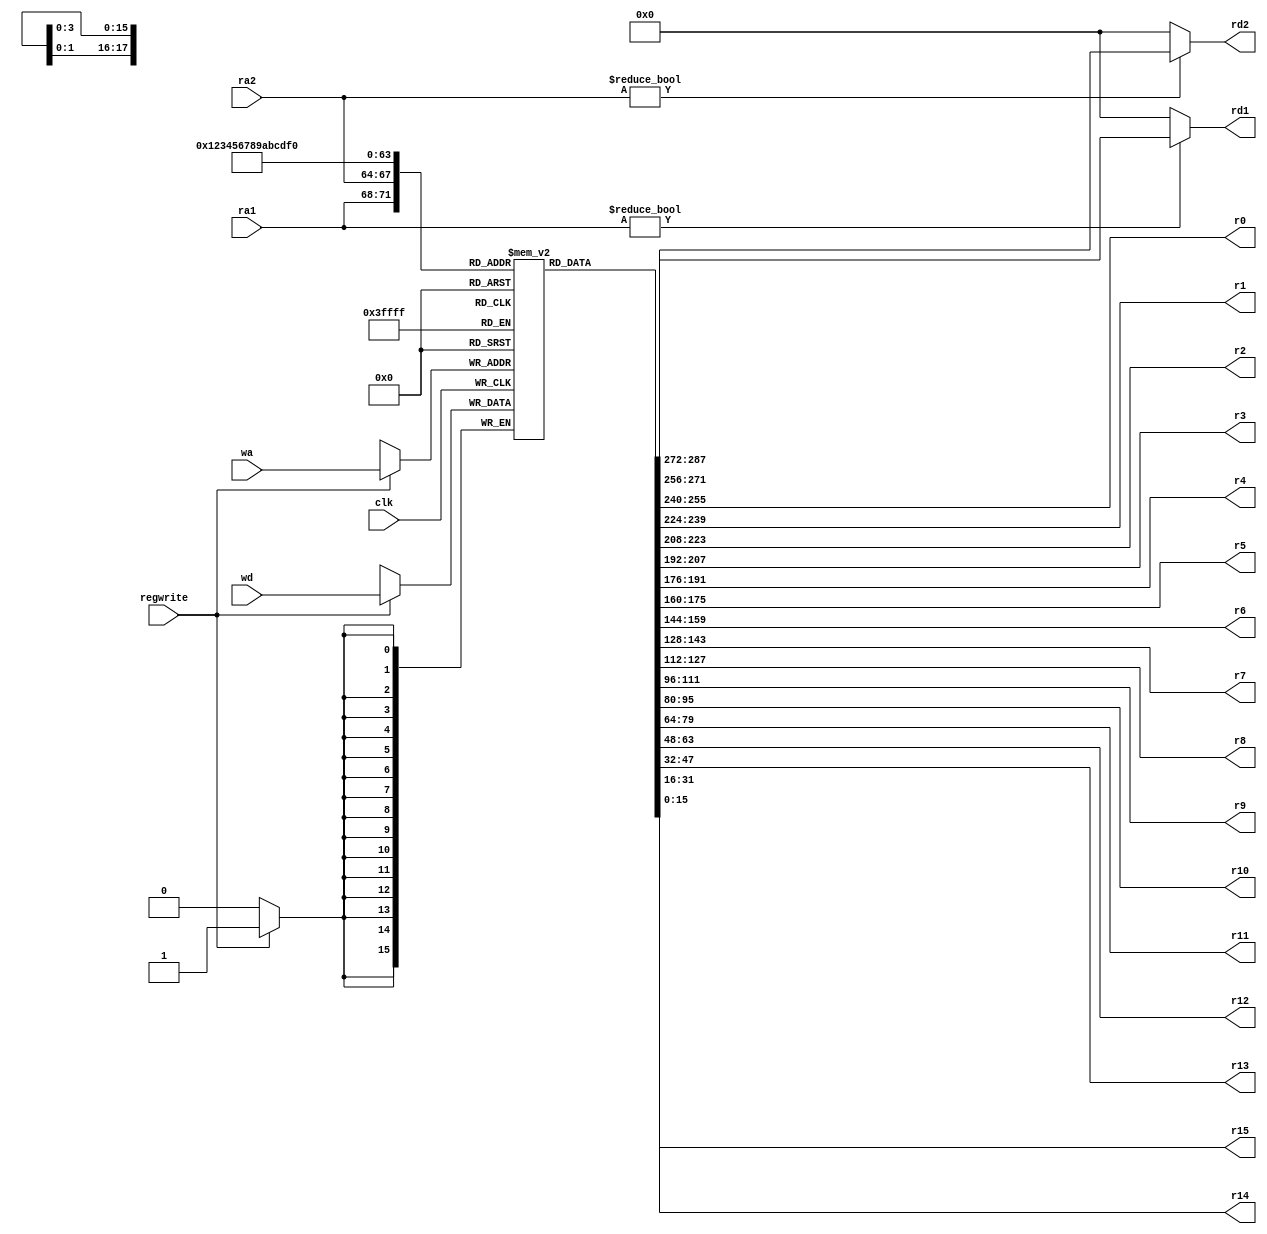
//////////////////////////////////////////////////////////////////////////////////
// Module Name:		regfile
// Description: 	may not need this file
//
// Dependencies: 	
//
// Comments: 		
//
//////////////////////////////////////////////////////////////////////////////////

module regfile #(parameter WIDTH = 16, REGBITS = 4)
                (input                clk, 
                 input                regwrite, 
                 input  [REGBITS-1:0] ra1, ra2, wa, 
                 input  [WIDTH-1:0]   wd, 
                 output [WIDTH-1:0]   rd1, rd2, r0, r1, r2, r3, r4, r5, r6, r7, r8, r9, r10, r11, r12, r13, r14, r15);

   reg  [WIDTH-1:0] RAM [(1<<REGBITS)-1:0];

   // three ported register file
   // read two ports combinationally
   // write third port on rising edge of clock
   // register 0 hardwired to 0
   always @(posedge clk)
      if (regwrite) RAM[wa] <= wd;	

   assign rd1 = ra1 ? RAM[ra1] : 16'd0;
   assign rd2 = ra2 ? RAM[ra2] : 16'd0;
	
	assign r0 = RAM[4'b0000];
	assign r1 = RAM[4'b0001];
	assign r2 = RAM[4'b0010];
	assign r3 = RAM[4'b0011];
	assign r4 = RAM[4'b0100];
	assign r5 = RAM[4'b0101];
	assign r6 = RAM[4'b0110];
	assign r7 = RAM[4'b0111];
	assign r8 = RAM[4'b1000];
	assign r9 = RAM[4'b1001];
	assign r10 = RAM[4'b1010];
	assign r11 = RAM[4'b1011];
	assign r12 = RAM[4'b1100];
	assign r13 = RAM[4'b1101];
	assign r14 = RAM[4'b1110];
	assign r15 = RAM[4'b1111];
	
endmodule